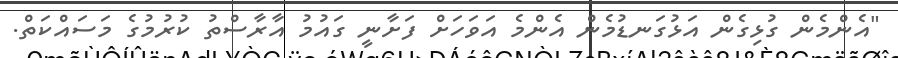
"އެންމެން ގުޅިގެން އަޅުގަނޑުމެން އެންމެ އަވަހަށް ފަށާނީ ގައުމު އާރާސްތު ކުރުމުގެ މަސައްކަތް.